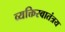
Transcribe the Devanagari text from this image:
व्यक्तिस्वातंत्रय